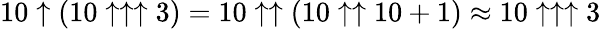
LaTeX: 10\uparrow(10\uparrow\uparrow\uparrow 3)=10\uparrow\uparrow(10\uparrow\uparrow 10+1)\approx 10\uparrow\uparrow\uparrow 3